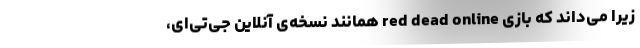
زیرا می‌داند که بازی red dead online همانند نسخه‌ی آنلاین جی‌تی‌ای،